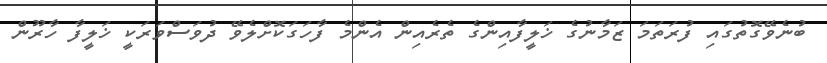
ބުނެވޭގޮތުގައި ފުރަތަމަ ޒަމާނުގެ ޚަލީފާއިންގެ ތެރެއިން އެންމެ ފާހަގަކޮށްލެވޭ ދުވަސްވަރަކީ ޚަލީފާ ހާރޫން